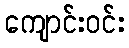
ကျောင်းဝင်း